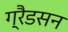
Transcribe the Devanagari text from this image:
ग्रैडसन